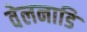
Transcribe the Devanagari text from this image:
वेलनाडि